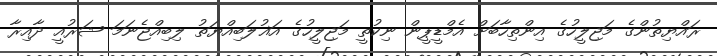
ރައްޔިތުންގެ މަޖިލީހުގެ އިންތިހާބަށް އެމްޑީޕީން ނިކުތީ މަޖިލީހުގެ އަޣުލަބިއްޔަތު ލިބިއްޖެނަމަ ޝަރުއީ ދާއިރާ